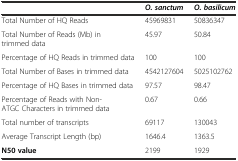
<table><thead><tr><td></td><td><b><i>O</i><i>.</i><i>sanctum</i></b></td><td><b><i>O</i><i>.</i><i>basilicum</i></b></td></tr></thead><tbody><tr><td>Total Number of HQ Reads</td><td>45969831</td><td>50836347</td></tr><tr><td>Total Number of Reads (Mb) in trimmed data</td><td>45.97</td><td>50.84</td></tr><tr><td>Percentage of HQ Reads in trimmed data</td><td>100</td><td>100</td></tr><tr><td>Total Number of Bases in trimmed data</td><td>4542127604</td><td>5025102762</td></tr><tr><td>Percentage of HQ Bases in trimmed data</td><td>97.57</td><td>98.47</td></tr><tr><td>Percentage of Reads with Non- ATGC Characters in trimmed data</td><td>0.67</td><td>0.66</td></tr><tr><td>Total number of transcripts</td><td>69117</td><td>130043</td></tr><tr><td>Average Transcript Length (bp)</td><td>1646.4</td><td>1363.5</td></tr><tr><td><b>N50 value</b></td><td>2199</td><td>1929</td></tr></tbody></table>